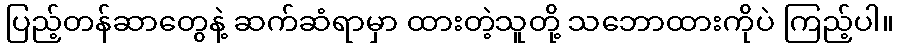
ပြည့်တန်ဆာတွေနဲ့ ဆက်ဆံရာမှာ ထားတဲ့သူတို့ သဘောထားကိုပဲ ကြည့်ပါ။